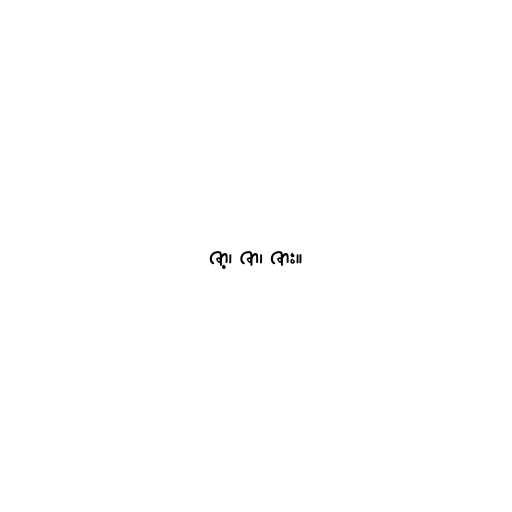
ဇာ့၊ ဇာ၊ ဇား။